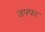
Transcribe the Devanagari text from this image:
जफ्फा